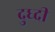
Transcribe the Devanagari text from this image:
दुध्दी